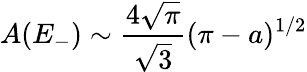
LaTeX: A(E_{-})\sim\frac{4\sqrt{\pi}}{\sqrt{3}}(\pi-a)^{1/2}